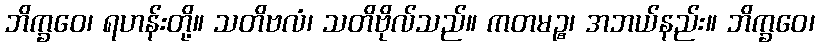
ဘိက္ခဝေ၊ ရဟန်းတို့။ သတိဗလံ၊ သတိဗိုလ်သည်။ ကတမဉ္စ၊ အဘယ်နည်း။ ဘိက္ခဝေ၊